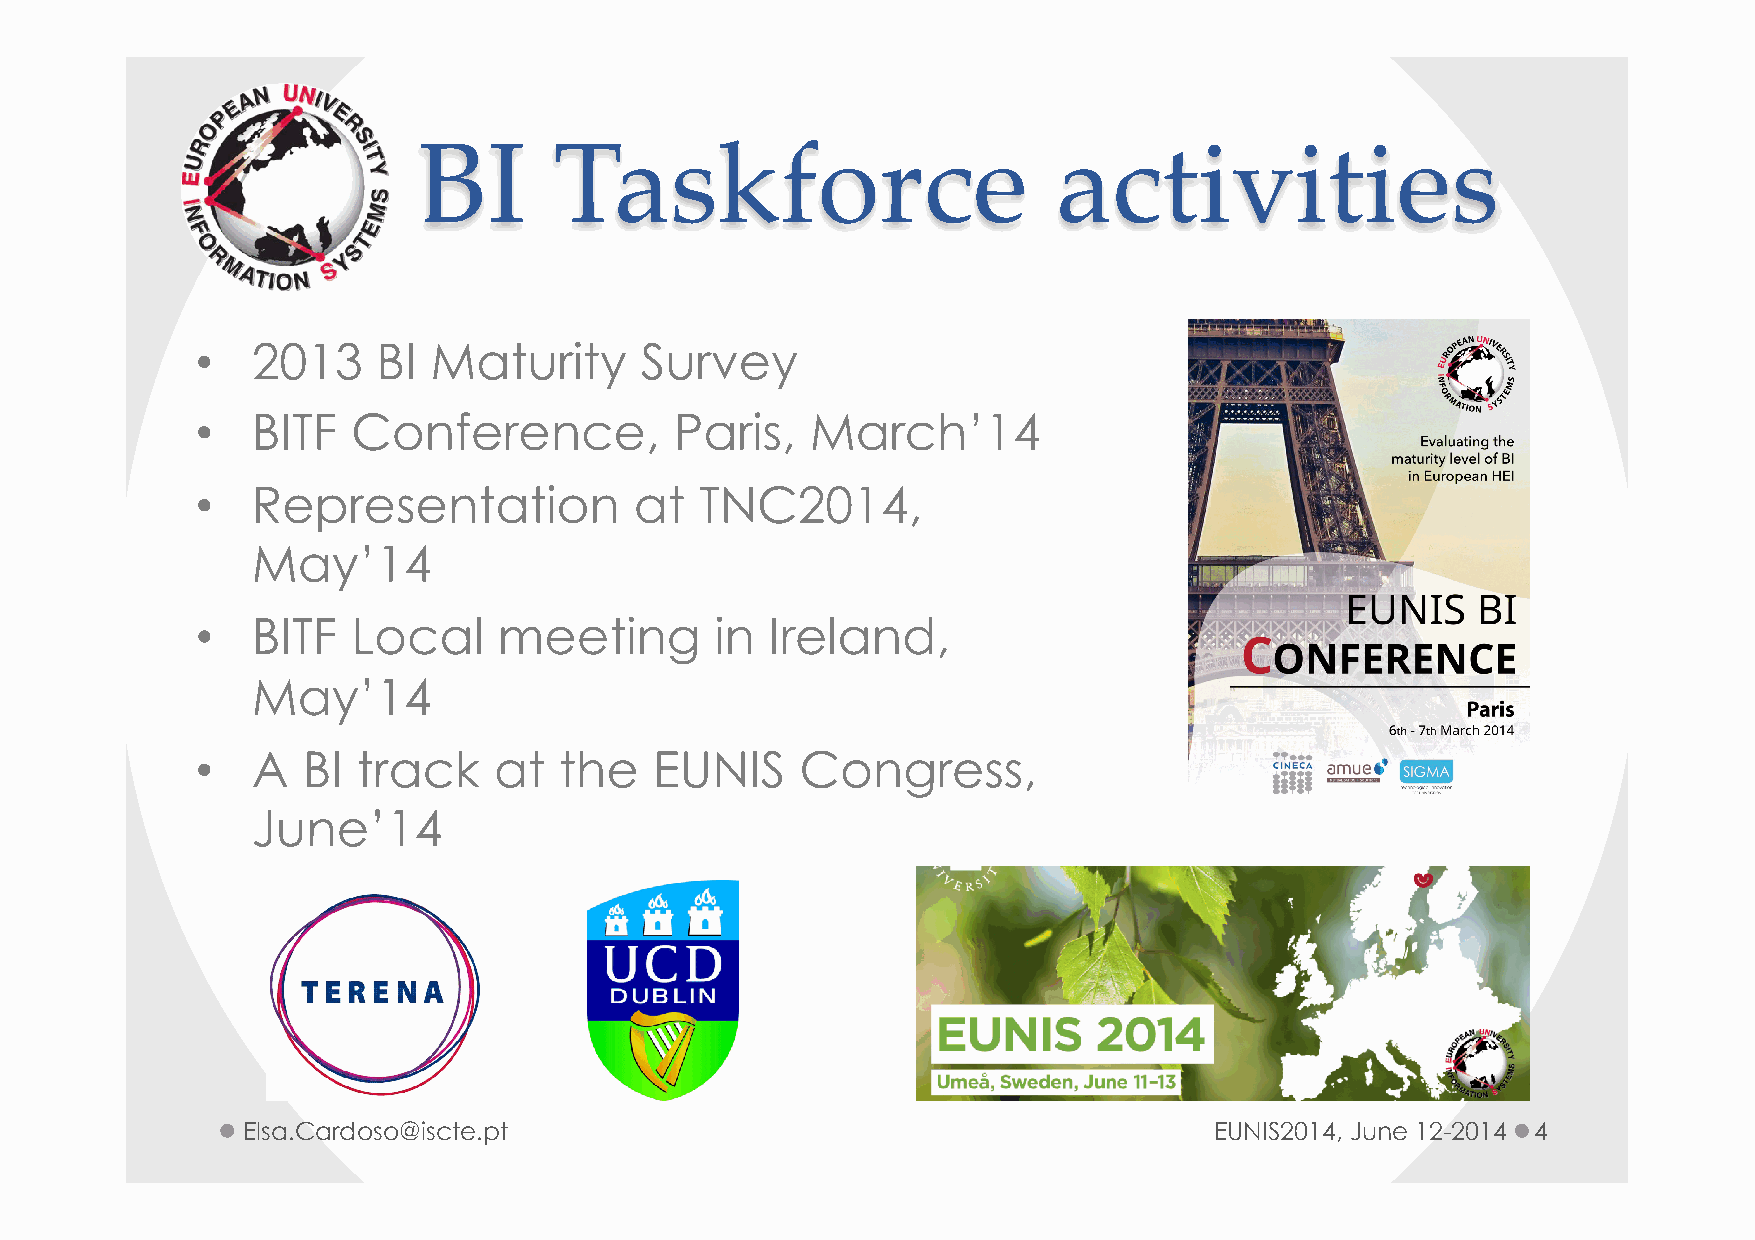
BI       Taskforce                        activities
 •   2013    BI Maturity      Survey
 •   BITF  Conference,           Paris,   March’14
 •   Representation           at  TNC2014,
 May’14
 •   BITF  Local     meeting       in  Ireland,
 May’14
 •   A  BI  track    at  the   EUNIS     Congress,
 June’14
 Elsa.Cardoso@iscte.pt                                           EUNIS2014, June 12-2014 4